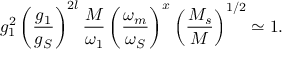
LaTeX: g _ { 1 } ^ { 2 } \left( \frac { g _ { 1 } } { g _ { S } } \right) ^ { 2 l } \frac M { \omega _ { 1 } } \left( \frac { \omega _ { m } } { \omega _ { S } } \right) ^ { x } \left( \frac { M _ { s } } { M } \right) ^ { 1 / 2 } \simeq 1 .